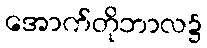
အောက်တိုဘာလ၌